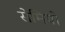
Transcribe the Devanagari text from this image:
सेमियो